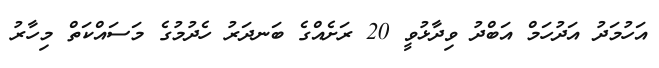
އަހުމަދު އަދުހަމް އަބްދު ވިދާޅުވީ 20 ރަށެއްގެ ބަނދަރު ހެދުމުގެ މަސައްކަތް މިހާރު